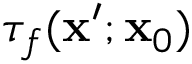
\tau _ { f } ( \mathbf { x } ^ { \prime } ; \mathbf { x } _ { 0 } )